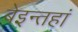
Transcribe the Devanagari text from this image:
बेइन्तहां